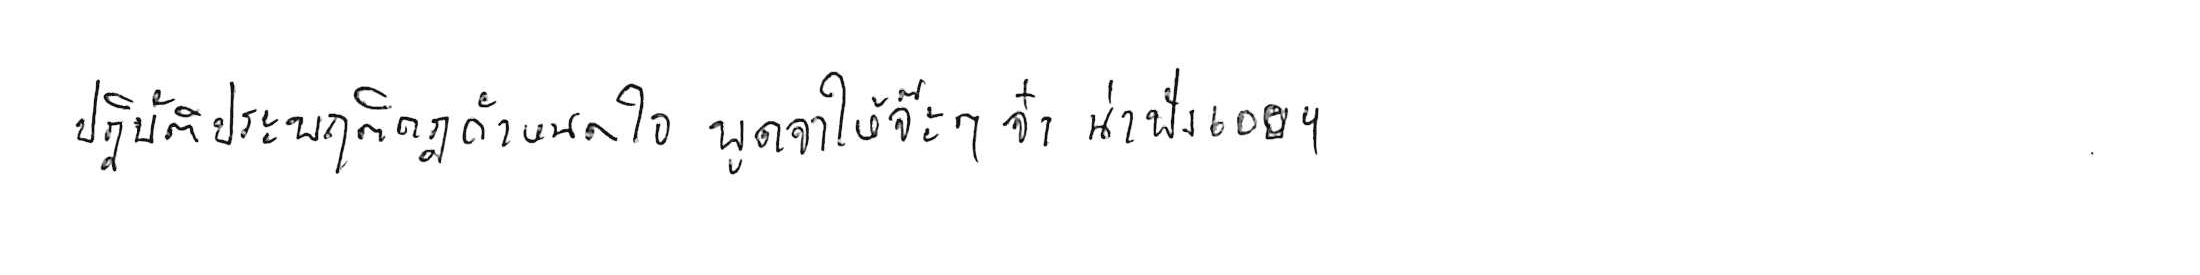
ปฏิบัติประพฤติกฎกำหนดใจ พูดจาให้จ๊ะๆ จ๋า น่าฟังเอยฯ